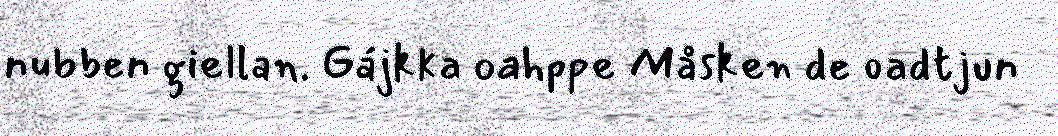
nubben giellan. Gájkka oahppe Måsken de oadtjun